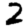
Digit: 2